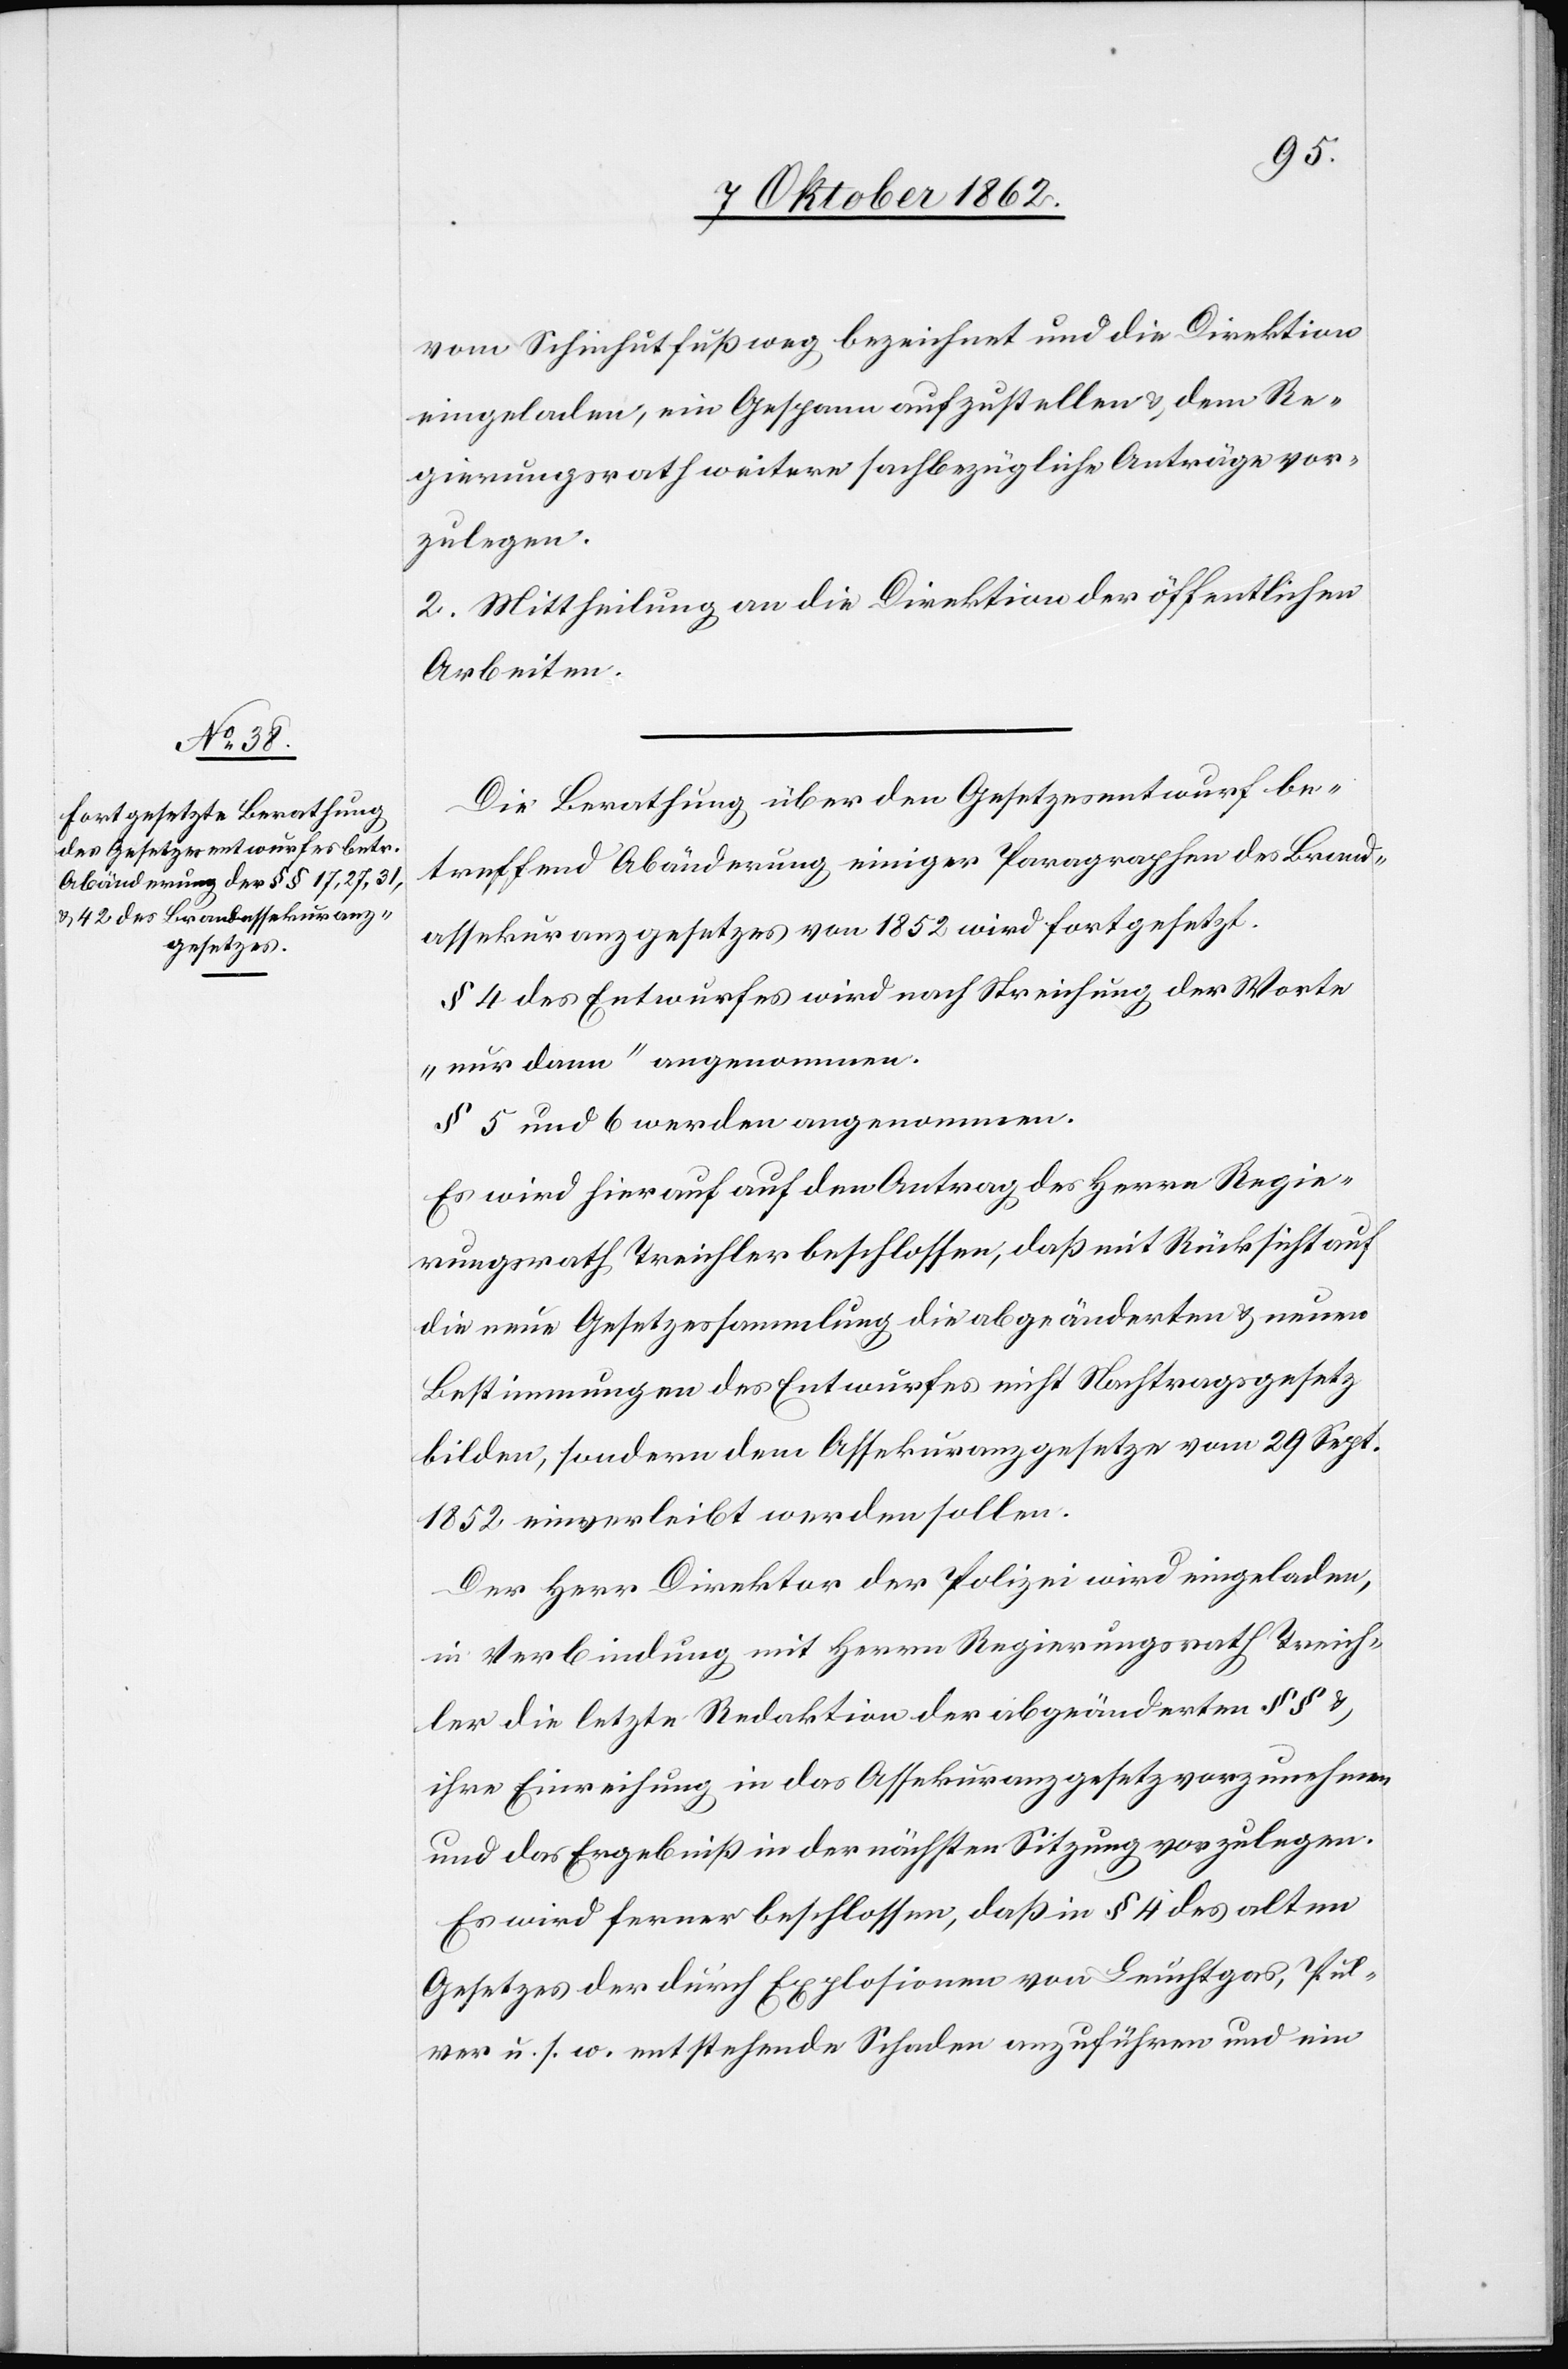
vom Schinhutfußweg bezeichnet und die Direktion
eingeladen, ein Gespann aufzustellen u. dem Re¬
gierungsrath weitere sachbezügliche Anträge vor¬
zulegen.
2. Mittheilung an die Direktion der öffentlichen
Arbeiten.
Die Berathung über ein Gesetzesentwurf be¬
treffend Abänderung einiger Paragraphen des Brand¬
assekuranzgesetzes von 1852 wird fortgesetzt.
§ 4 des Entwurfes wird nach Streichung der Worte
„nur dann“ angenommen.
§ 5 und 6 werden angenommen.
Es wird hierauf auf den Antrag des Herrn Regie¬
rungsrath Treichler beschlossen, daß mit Rücksicht auf
die neue Gesetzessammlung die abgeänderten u. neuen
Bestimmungen des Entwurfes nicht Nachtragsgesetz
bilden, sondern dem Assekuranzgesetze vom 29. Sept.
1852 einverleibt werden sollen.
Der Herr Direktor der Polizei wird eingeladen,
in Verbindung mit Herrn Regierungsrath Treich¬
ler die letzte Redaktion der abgeänderten §§ u.
ihre Einreichung in das Assekuranzgesetz vorzunehmen
und das Ergebniß in der nächsten Sitzung vorzulegen.
Es wird ferner beschlossen, daß in § 4 des alten
Gesetzes der durch Explosionen von Leuchtgas, Pul¬
ver u. s. w. entstehenden Schaden anzuführen und ein